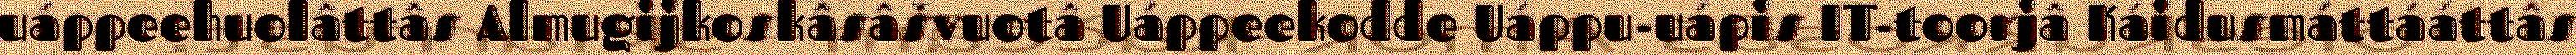
uáppeehuolâttâs Almugijkoskâsâšvuotâ Uáppeekodde Uáppu-uápis IT-toorjâ Káidusmáttááttâs